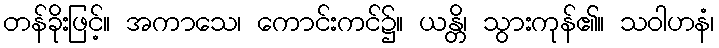
တန်ခိုးဖြင့်။ အကာသေ၊ ကောင်းကင်၌။ ယန္တိ၊ သွားကုန်၏။ သဝါဟနံ၊